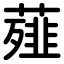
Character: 薤